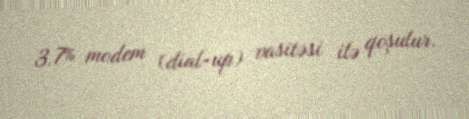
3.7% modem (dial-up) vasitəsi ilə qoşulur.